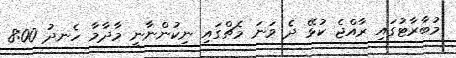
މުބާރާޓުގައި ރާއްޖެ ކުޅޭ ދެ ވަނަ މެޗްގައި ނިކުންނާނީ މާދާމާ ހެނދު 8:00